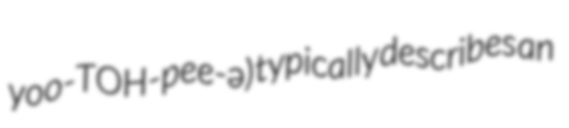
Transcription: yoo-TOH-pee-ə) typically describes an